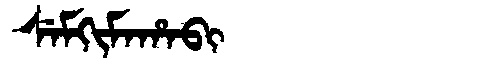
Manchu: ᠰᡝᠮᡴᡳᠮᠠᡥᠠᠪᡳ
Romanization: SEMKIMAHABI